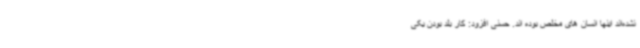
نشده‌اند اینها انسان های مخلص بوده اند. حسنی افزود: کار بلد بودن یکی